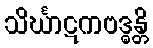
သိင်္ဃာဋကဗဒ္ဓန္တိ